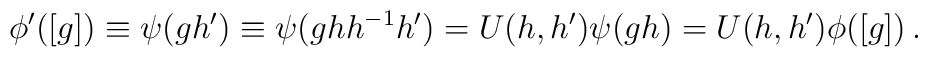
\phi'([g])\equiv \psi(gh')\equiv \psi(g h h^{-1} h')=U(h, h')\psi(gh)=U(h, h')\phi([g])\,.